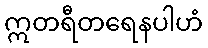
ဣတရီတရေနပါဟံ